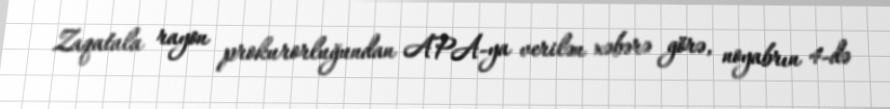
Zaqatala rayon prokurorluğundan APA-ya verilən xəbərə görə, noyabrın 4-də